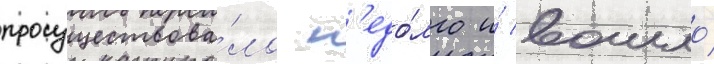
просуществова́ло н'едо́лго и́ вошло́